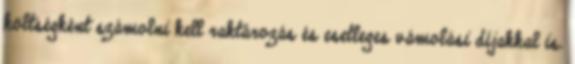
költségként számolni kell raktározás és esetleges vámolási díjakkal is.